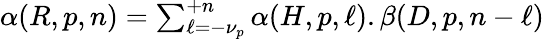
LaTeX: \begin{array}{r}{\alpha(R,p,n)=\sum_{\ell=-\nu_{p}}^{+n}\alpha(H,p,\ell).\beta(D,p,n-\ell)}\end{array}